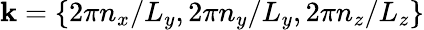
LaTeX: \mathbf{k}=\{ {2}\pi n_{x}/L_{y},2\pi n_{y}/L_{y},2\pi n_{z}/L_{z}\}